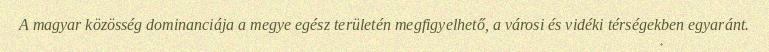
A magyar közösség dominanciája a megye egész területén megfigyelhető, a városi és vidéki térségekben egyaránt.